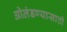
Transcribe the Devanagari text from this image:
ओलंडण्यासाठी